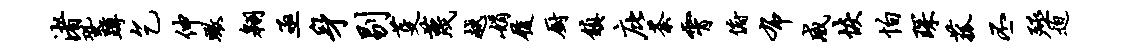
渚蛩蹲乞伸瞰翱亟身剔芟蔑越娟履厨镇庇荼霄俯布威恢怕琛菰丕殛迫